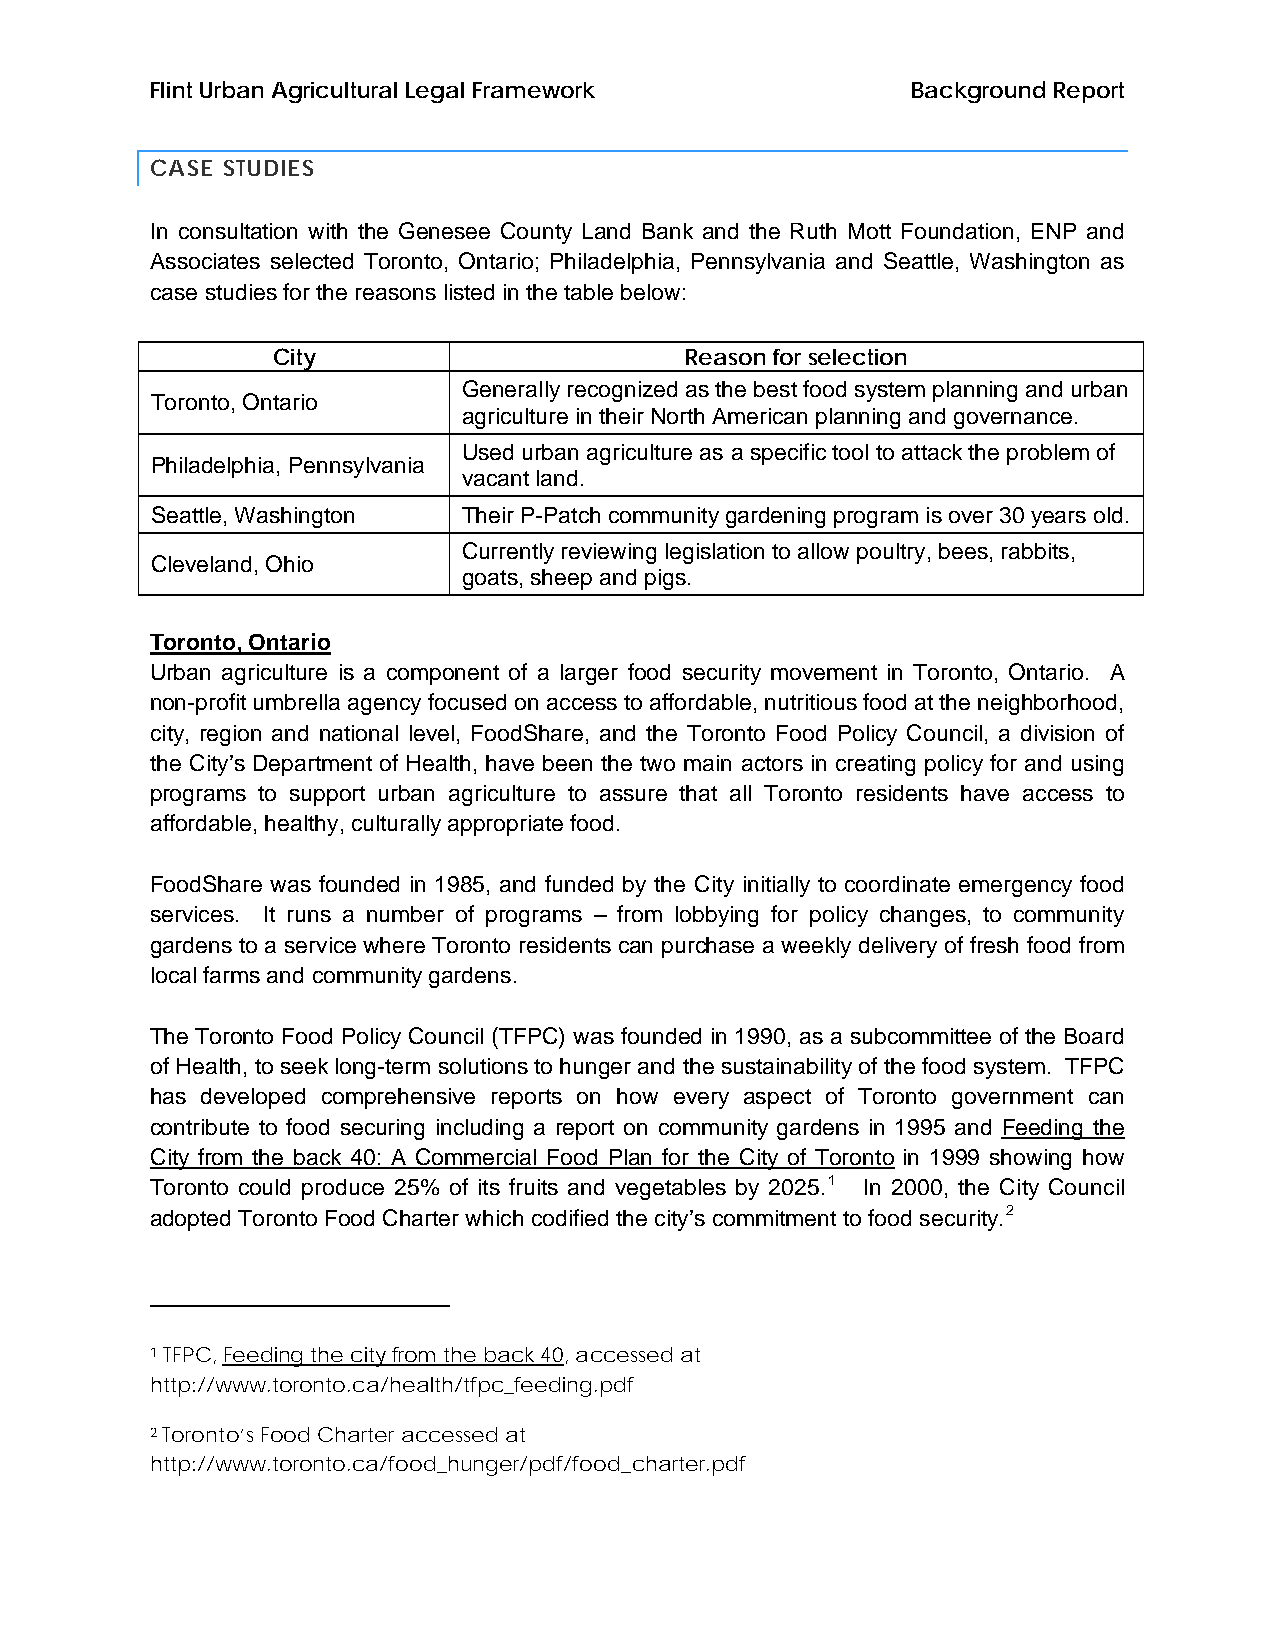
Flint Urban Agricultural Legal Framework          Background Report
 CASE STUDIES
 In consultation with the Genesee County Land Bank and the Ruth Mott Foundation, ENP and
 Associates selected Toronto, Ontario; Philadelphia, Pennsylvania and Seattle, Washington as
 case studies for the reasons listed in the table below:
 City                       Reason for selection
 Generally recognized as the best food system planning and urban
 Toronto, Ontario
 agriculture in their North American planning and governance.
 Used urban agriculture as a specific tool to attack the problem of
 Philadelphia, Pennsylvania
 vacant land.
 Seattle, Washington  Their P-Patch community gardening program is over 30 years old.
 Currently reviewing legislation to allow poultry, bees, rabbits,
 Cleveland, Ohio
 goats, sheep and pigs.
 Toronto, Ontario
 Urban agriculture is a component of a larger food security movement in Toronto, Ontario. A
 non-profit umbrella agency focused on access to affordable, nutritious food at the neighborhood,
 city, region and national level, FoodShare, and the Toronto Food Policy Council, a division of
 the City’s Department of Health, have been the two main actors in creating policy for and using
 programs to support urban agriculture to assure that all Toronto residents have access to
 affordable, healthy, culturally appropriate food.
 FoodShare was founded in 1985, and funded by the City initially to coordinate emergency food
 services. It runs a number of programs – from lobbying for policy changes, to community
 gardens to a service where Toronto residents can purchase a weekly delivery of fresh food from
 local farms and community gardens.
 The Toronto Food Policy Council (TFPC) was founded in 1990, as a subcommittee of the Board
 of Health, to seek long-term solutions to hunger and the sustainability of the food system. TFPC
 has developed comprehensive reports on how every aspect of Toronto government can
 contribute to food securing including a report on community gardens in 1995 and Feeding the
 City from the back 40: A Commercial Food Plan for the City of Toronto in 1999 showing how
 Toronto could produce 25% of its fruits and vegetables by 2025.1 In 2000, the City Council
 adopted Toronto Food Charter which codified the city’s commitment to food security.2
 1 TFPC, Feeding the city from the back 40, accessed at
 http://www.toronto.ca/health/tfpc_feeding.pdf
 2 Toronto’s Food Charter accessed at
 http://www.toronto.ca/food_hunger/pdf/food_charter.pdf
 7